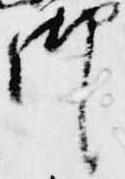
御